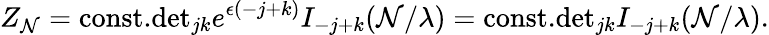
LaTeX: Z_{\mathcal{N}}=\mathrm{{const.}}\mathrm{{det}}_{jk}e^{\epsilon(-j+k)}I_{-j+k}(\mathcal{N}/\lambda)=\mathrm{{const.}}\mathrm{{det}}_{jk}I_{-j+k}(\mathcal{N}/\lambda).